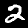
Label: 2